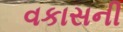
વકાસની